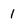
Character: 1